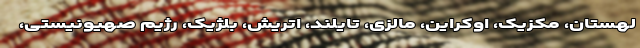
لهستان، مکزیک، اوکراین، مالزی، تایلند، اتریش، بلژیک، رژیم صهیونیستی،